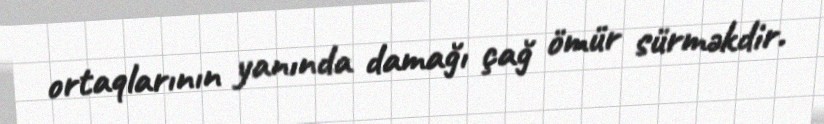
ortaqlarının yanında damağı çağ ömür sürməkdir.